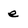
Character: e